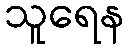
သူရေန